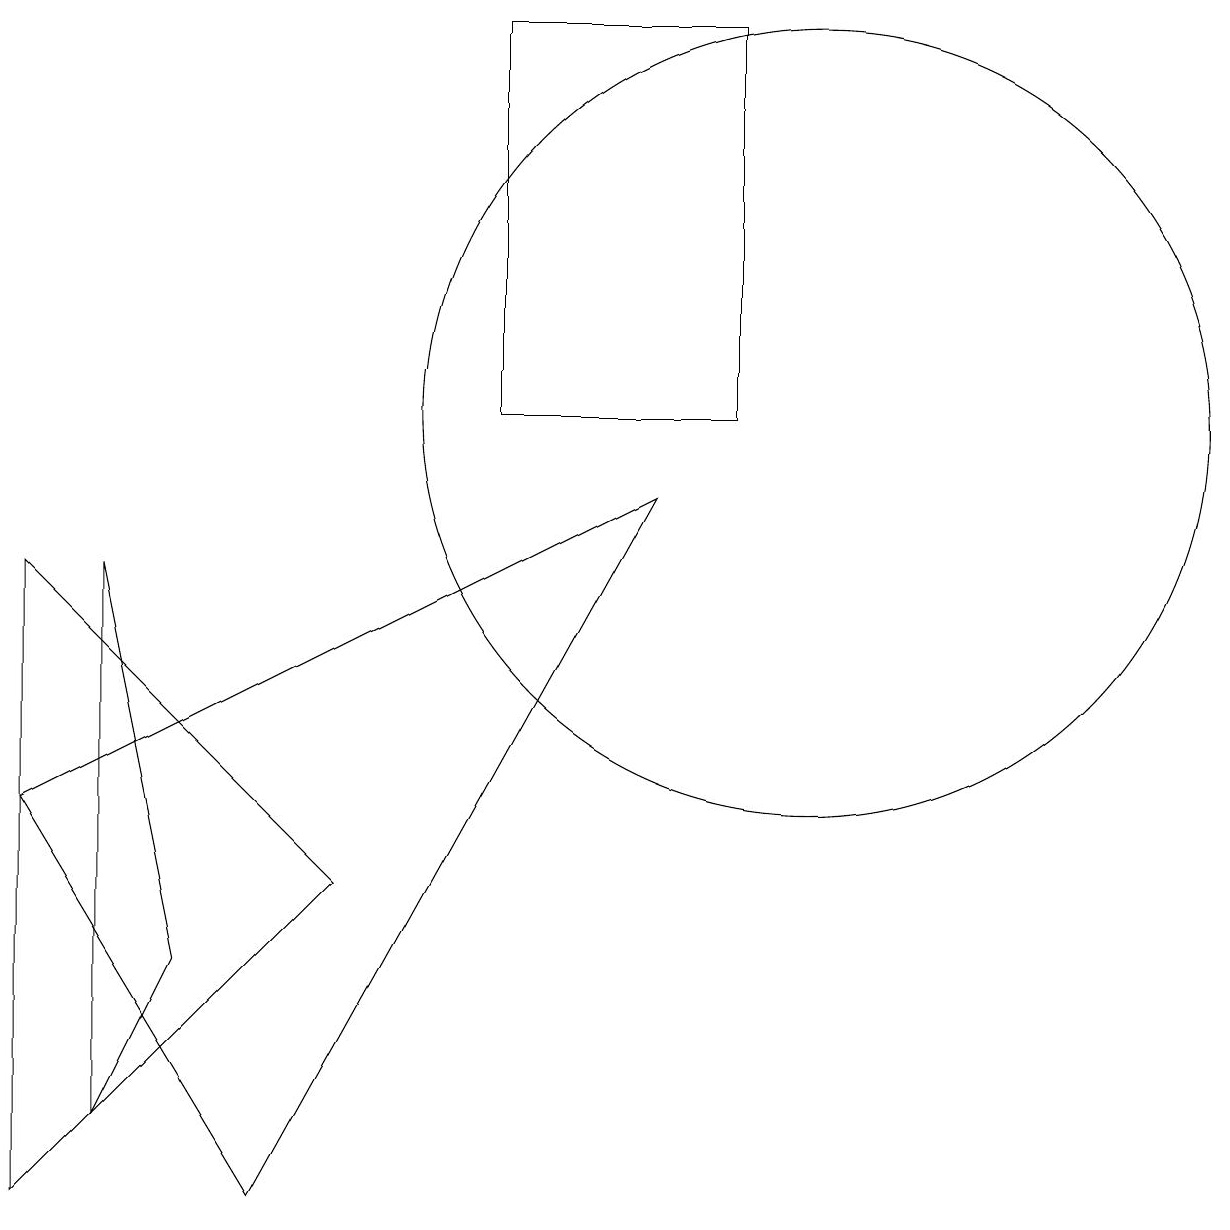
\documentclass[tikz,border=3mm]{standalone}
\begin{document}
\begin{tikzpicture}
\draw (3,0) -- (0,5) -- (8,9) -- cycle;
\draw (0,0) -- (4,4) -- (0,8) -- cycle;
\draw (9,15) rectangle (6,10);
\draw (10,10) circle (5);
\draw (2,3) -- (1,8) -- (1,1) -- cycle;
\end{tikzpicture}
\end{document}